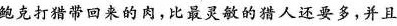
鲍克打猎带回来的肉，比最灵敏的猎人还要多，并且